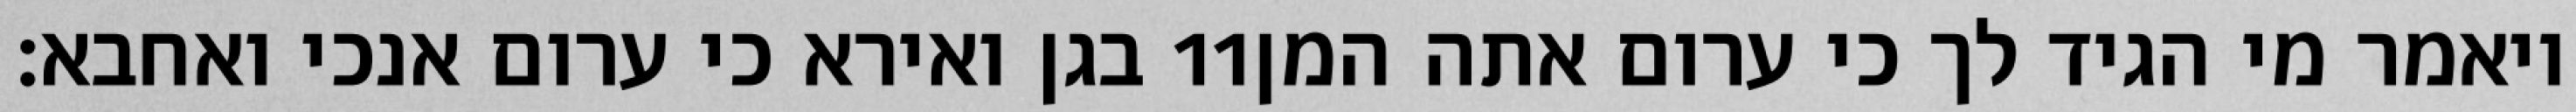
בגן ואירא כי ערום אנכי ואחבא׃ ‎11‏ ויאמר מי הגיד לך כי ערום אתה המן